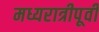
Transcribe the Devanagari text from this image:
मध्यरात्रीपूर्वी